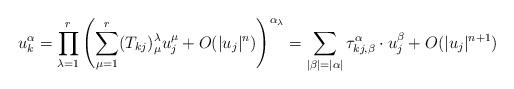
LaTeX: \begin{align*}u_k^\alpha=\prod_{\lambda=1}^r\left(\sum_{\mu=1}^r(T_{kj})^\lambda_\mu u_j^\mu+O(|u_j|^n)\right)^{\alpha_\lambda}=\sum_{|\beta|=|\alpha|}\tau_{kj, \beta}^\alpha\cdot u_j^\beta +O(|u_j|^{n+1})\end{align*}